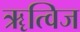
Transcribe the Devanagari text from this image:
ॠत्विज